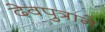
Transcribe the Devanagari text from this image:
देवपुत्राने